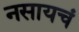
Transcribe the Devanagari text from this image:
नसायचं